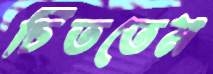
চিততেম